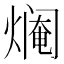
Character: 𱬍